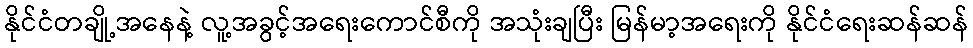
နိုင်ငံတချို့အနေနဲ့ လူ့အခွင့်အရေးကောင်စီကို အသုံးချပြီး မြန်မာ့အရေးကို နိုင်ငံရေးဆန်ဆန်